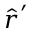
{ \hat { \boldsymbol { r } } } ^ { \prime }